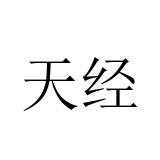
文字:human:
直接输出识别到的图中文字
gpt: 天经